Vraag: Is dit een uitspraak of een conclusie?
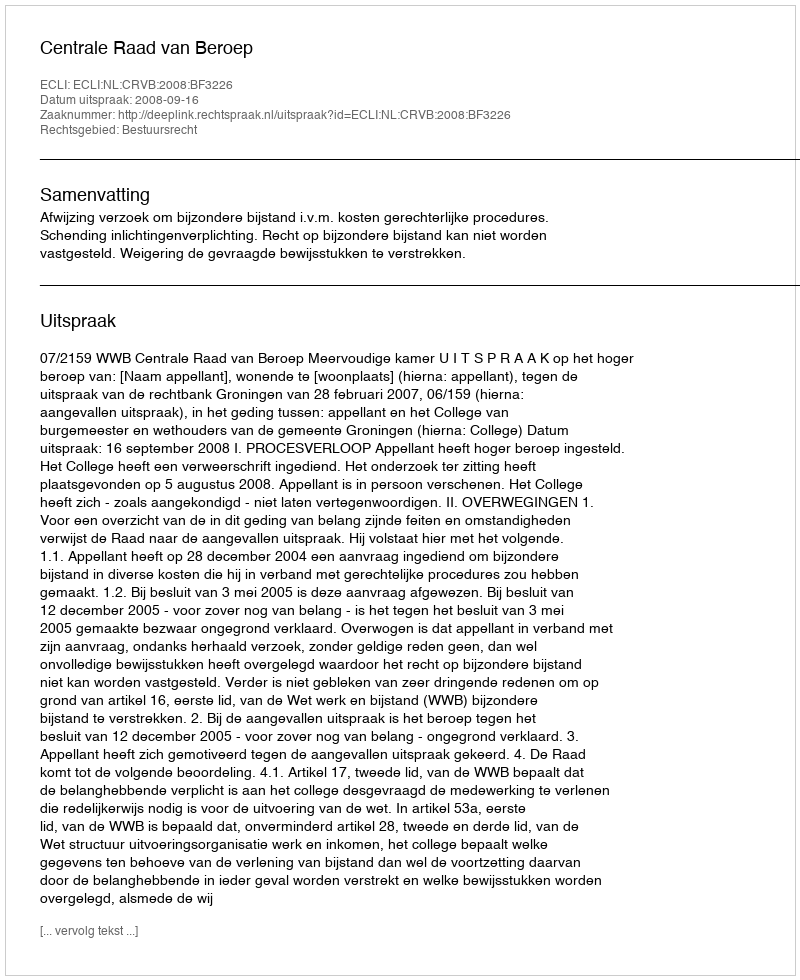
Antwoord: Uitspraak